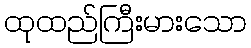
ထုထည်ကြီးမားသော